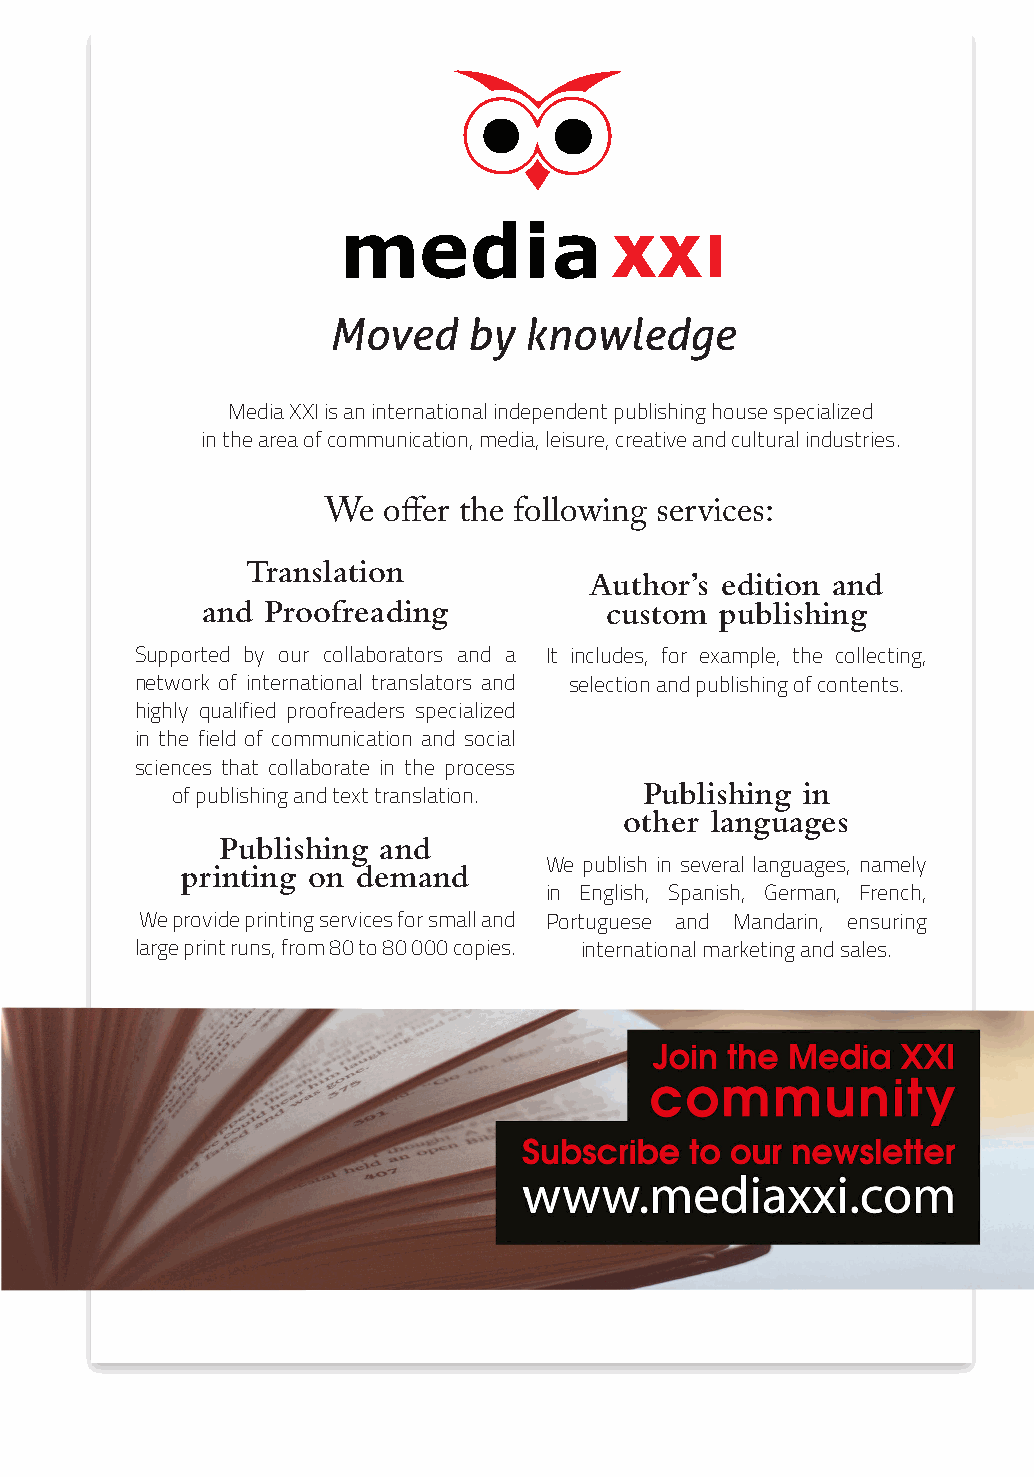
Media XXI is an international independent publishing house specialized
 in the area of communication, media, leisure, creative and cultural industries.
 We  offer the following services:
 Translation
 Author’s edition and
 and Proofreading           custom  publishing
 Supported by our collaborators and a It includes, for example, the collecting,
 network of international translators and selection and publishing of contents.
 highly qualified proofreaders specialized
 in the field of communication and social
 sciences that collaborate in the process
 Publishing in
 of publishing and text translation.
 other languages
 Publishing and
 printing on demand      We publish in several languages, namely
 in English, Spanish, German, French,
 We provide printing services for small and Portuguese and Mandarin, ensuring
 large print runs, from 80 to 80 000 copies. international marketing and sales.